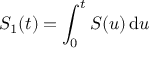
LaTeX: S _ { 1 } ( t ) = \int _ { 0 } ^ { t } S ( u ) \, \mathrm { d } u